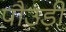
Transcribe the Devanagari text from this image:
पौउड़ी